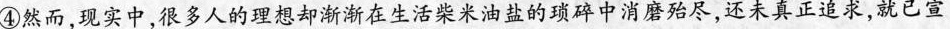
④然而，现实中，很多人的理想却渐渐在生活柴米油盐的琐碎中消磨殆尽，还未真正追求，就已宣